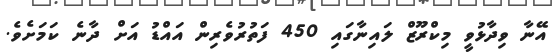
އޭނާ ވިދާޅުވީ މިކްރޫޒް ލައިނާގައި 450 ފަތުރުވެރިން އައްޑު އަށް ދާނެ ކަމަށެވެ.